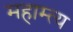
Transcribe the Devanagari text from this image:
महाम्त्य